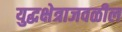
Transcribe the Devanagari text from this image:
युद्धक्षेत्राजवळील